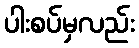
ပါးစပ်မှလည်း